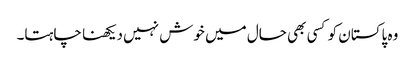
وہ پاکستان کو کسی بھی حال میں خوش نہیں دیکھنا چاہتا۔